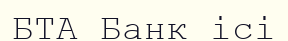
БТА Банк ісі